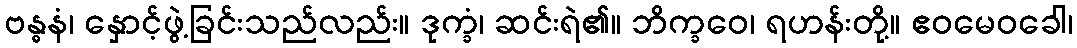
ဗန္ဓနံ၊ နှောင့်ဖွဲ့ခြင်းသည်လည်း။ ဒုက္ခံ၊ ဆင်းရဲ၏။ ဘိက္ခဝေ၊ ရဟန်းတို့။ ဧဝမေဝခေါ၊